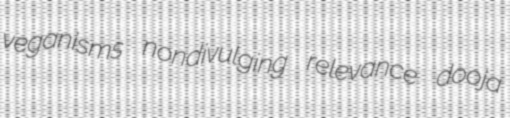
veganisms nondivulging relevance dooja